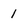
Character: 1